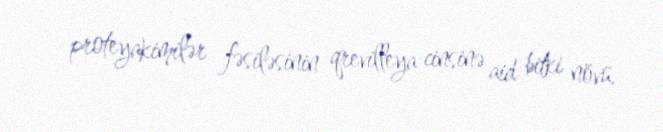
proteyakimilər fəsiləsinin qrevilleya cinsinə aid bitki növü.